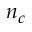
n _ { c }